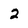
Character: 2